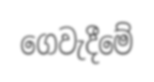
ගෙවැදීමේ